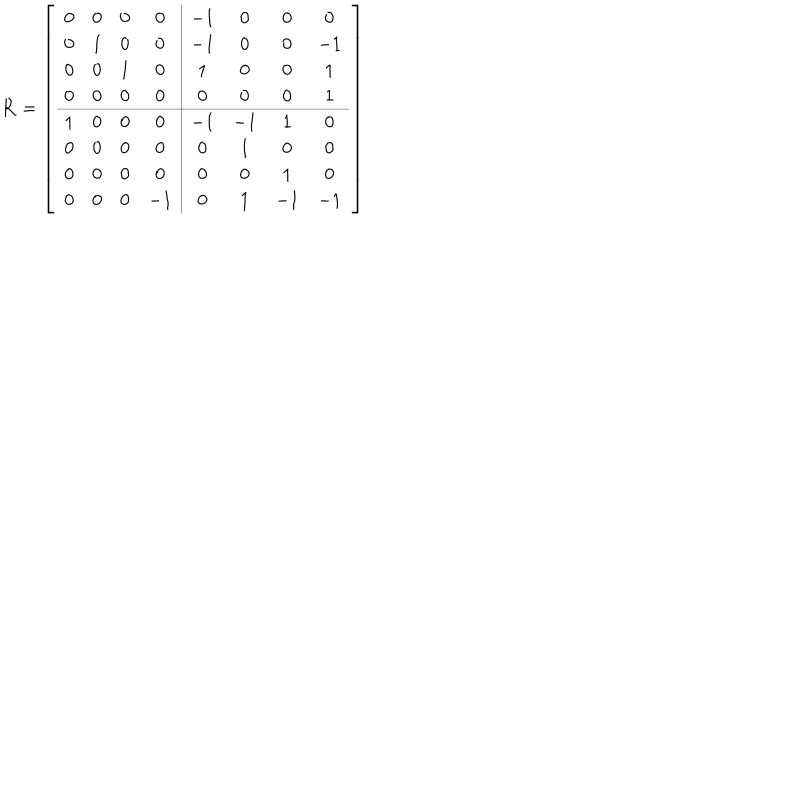
\mathbf { R } = \left[ \begin{array} { c c c c | c c c c } { { 0 } } & { { 0 } } & { { 0 } } & { { 0 } } & { { - 1 } } & { { 0 } } & { { 0 } } & { { 0 } } \\ { { 0 } } & { { 1 } } & { { 0 } } & { { 0 } } & { { - 1 } } & { { 0 } } & { { 0 } } & { { - 1 } } \\ { { 0 } } & { { 0 } } & { { 1 } } & { { 0 } } & { { 1 } } & { { 0 } } & { { 0 } } & { { 1 } } \\ { { 0 } } & { { 0 } } & { { 0 } } & { { 0 } } & { { 0 } } & { { 0 } } & { { 0 } } & { { 1 } } \\ \hline { { 1 } } & { { 0 } } & { { 0 } } & { { 0 } } & { { - 1 } } & { { - 1 } } & { { 1 } } & { { 0 } } \\ { { 0 } } & { { 0 } } & { { 0 } } & { { 0 } } & { { 0 } } & { { 1 } } & { { 0 } } & { { 0 } } \\ { { 0 } } & { { 0 } } & { { 0 } } & { { 0 } } & { { 0 } } & { { 0 } } & { { 1 } } & { { 0 } } \\ { { 0 } } & { { 0 } } & { { 0 } } & { { - 1 } } & { { 0 } } & { { 1 } } & { { - 1 } } & { { - 1 } } \\ \end{array} \right]